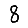
Digit: 8